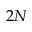
2 N